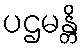
ပဌမန္တိ